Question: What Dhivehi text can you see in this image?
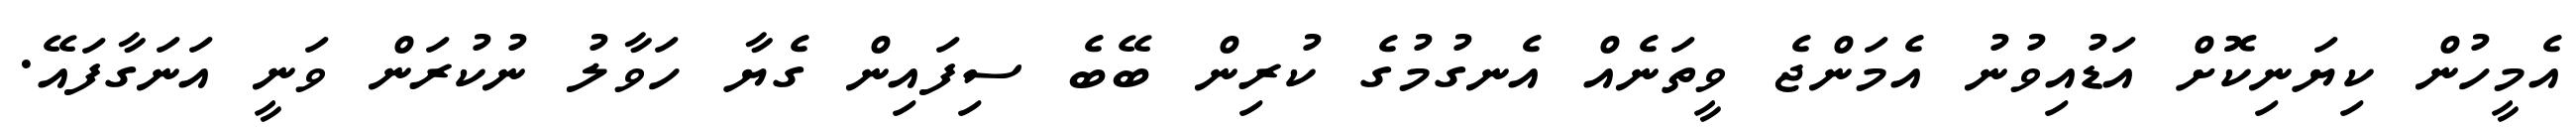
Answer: އެމީހުން ކިޔަނިކޮށް އަޑުއިވުނު އެމަންޖެ ވީތަނެއް އެނގުމުގެ ކުރިން ބޭބެ ސިފައިން ގެޔާ ހަވާލު ނުކުރަން ވަނީ އަނަގާފައޭ.